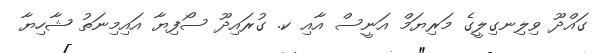
ގައްދޫ ވިލިނގިލީގެ މަރިޔަމް އަނީސް އާއި ކ. ގުރައިދޫ ސޯފިޔާ އައިމިނަތު ޝާހިޔާ